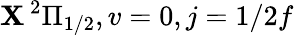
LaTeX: \mathbf{X}\, ^{2}\Pi_{1/2},v=0,j=1/2f